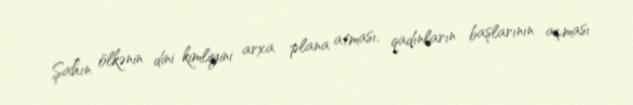
Şahın ölkənin dini kimliyini arxa plana atması, qadınların başlarının açması